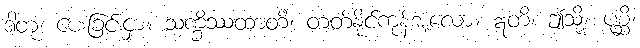
ဒါတုံ၊ ပေးခြင်းငှာ။ သက္ခိဿထာတိ၊ တတ်နိုင်ကုန်အံ့လော။ ဣတိ၊ ဤသို့။ ပုစ္ဆိ၊